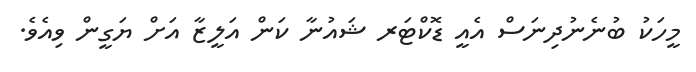
މީހަކު ބުނެނުދިނަސް އެއީ ޑޮކްޓަރ ޝައުނާ ކަން އަލީޒާ އަށް ޔަގީން ވިއެވެ.